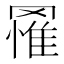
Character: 𮊔